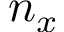
n _ { x }